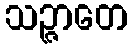
သဉ္ဇာတေ